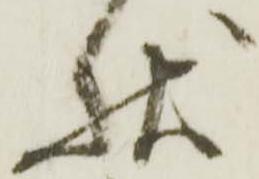
状